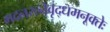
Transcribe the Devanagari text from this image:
मदनरत्नेवृद्धमनूक्तेः